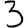
Digit: 3